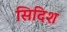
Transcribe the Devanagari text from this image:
सिदिश